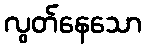
လွတ်နေသော